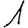
Digit: 1